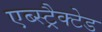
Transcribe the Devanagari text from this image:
एब्स्ट्रैक्टेड